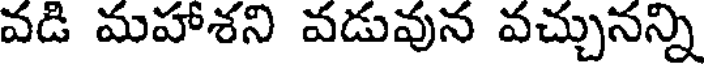
వడి మహాశని వడువున వచ్చునన్ని